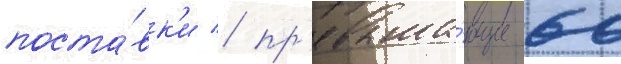
поста́вк'и / пр'евыша́ющие 60